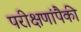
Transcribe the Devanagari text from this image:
परीक्षणांपैकी